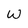
Character: w